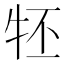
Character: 𤘹